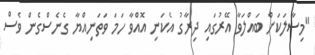
"މިސާލަކަށް ބައްލަވާ އޭރުގައި ދިރާގު އެކަނި އޮއްވާ ހަމަ ވަތަނިއްޔާ ގެނެސްގެން ވެސް